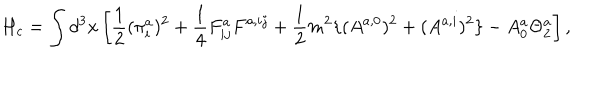
H _ { c } = \int d ^ { 3 } x \left[ \frac { 1 } { 2 } ( \pi _ { i } ^ { a } ) ^ { 2 } + \frac { 1 } { 4 } F _ { i j } ^ { a } F ^ { a , i j } + \frac { 1 } { 2 } m ^ { 2 } \{ ( A ^ { a , 0 } ) ^ { 2 } + ( A ^ { a , i } ) ^ { 2 } \} - A _ { 0 } ^ { a } \Theta _ { 2 } ^ { a } \right] ,